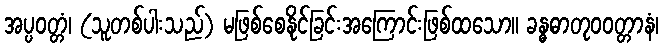
အပ္ပဝတ္တံ၊ (သူတစ်ပါးသည်) မဖြစ်စေနိုင်ခြင်းအကြောင်းဖြစ်ထသော။ ခန္ဓဓာတုဝဝတ္တာနံ၊